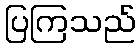
ပြကြသည်